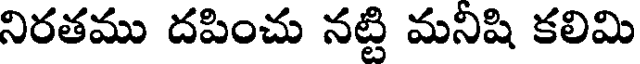
నిరతము దపించు నట్టి మనిషి కలిమి